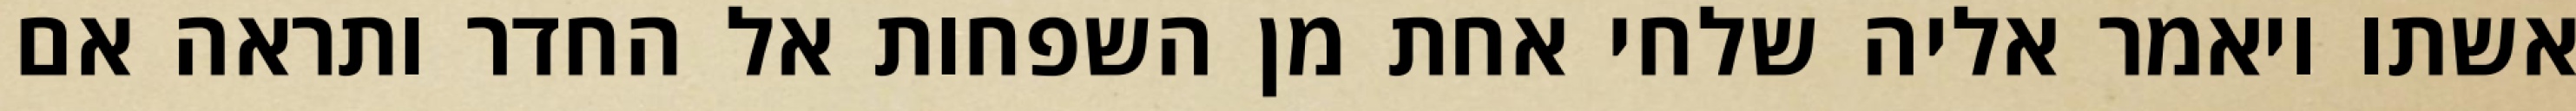
אשתו ויאמר אליה שלחי אחת מן השפחות אל החדר ותראה אם